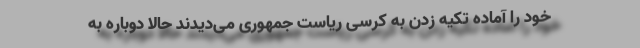
خود را آماده تکیه زدن به کرسی ریاست جمهوری می‌دیدند حالا دوباره به